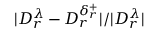
| D _ { r } ^ { \lambda } - D _ { r } ^ { \delta _ { r } ^ { + } } | / | D _ { r } ^ { \lambda } |